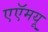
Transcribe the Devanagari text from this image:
एएॅमयू